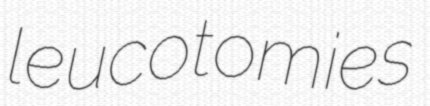
leucotomies